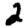
Digit: 2